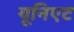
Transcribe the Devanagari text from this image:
यूनिएट